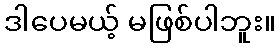
ဒါပေမယ့် မဖြစ်ပါဘူး။